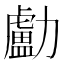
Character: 㔧